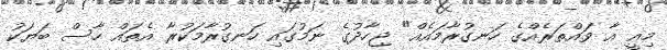
މިއީ އާ ވައްތަރެއްގެ ހަނގުރާމައެއް" ޖިހާދުގެ ނަމުގައި ހަނގުރާމަކުރާ އެތައް ހާސް ބަޔަކު